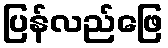
ပြန်လည်ဖြေ